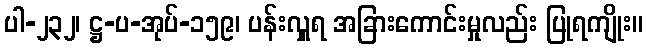
ပါ-၂၃၂၊ ဋ္ဌ-ပ-အုပ်-၁၅၉၊ ပန်းလှူရ အခြားကောင်းမှုလည်း ပြုရကျိုး။